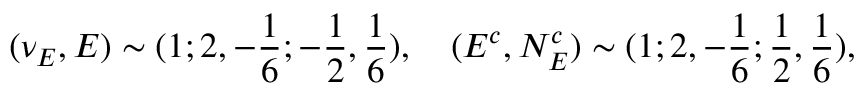
( \nu _ { E } , E ) \sim ( 1 ; 2 , - { \frac { 1 } { 6 } } ; - { \frac { 1 } { 2 } } , { \frac { 1 } { 6 } } ) , ~ ~ ~ ( E ^ { c } , N _ { E } ^ { c } ) \sim ( 1 ; 2 , - { \frac { 1 } { 6 } } ; { \frac { 1 } { 2 } } , { \frac { 1 } { 6 } } ) ,